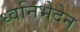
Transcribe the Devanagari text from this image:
ध्वनिभेदेन